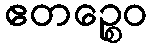
ဧတဉ္စေဝ